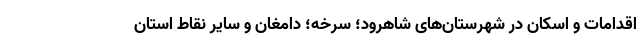
اقدامات و اسکان در شهرستان‌های شاهرود؛ سرخه؛ دامغان و سایر نقاط استان